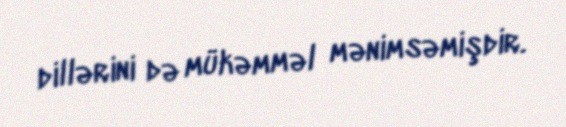
dillərini də mükəmməl mənimsəmişdir.